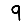
Digit: 9